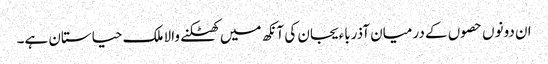
ان دونوں حصوں کے درمیان آذرباءیجان کی آنکھ میں کھٹکنے والا ملک حیاستان ہے۔